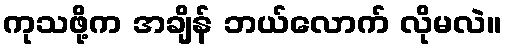
ကုသဖို့က အချိန် ဘယ်လောက် လိုမလဲ။